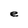
Character: e